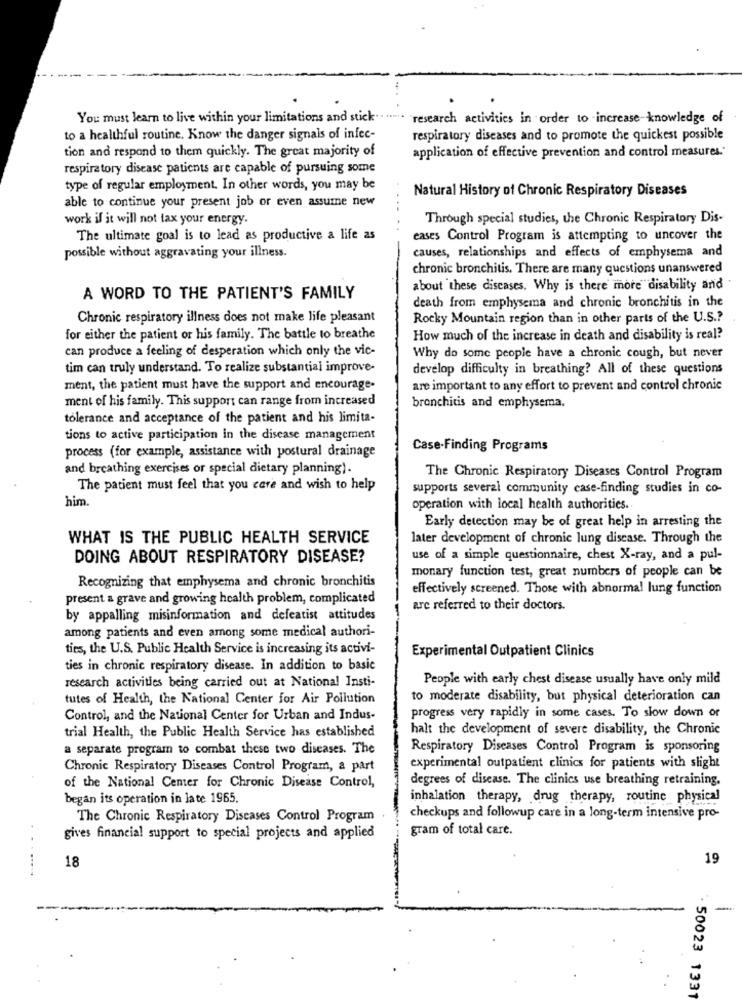
You must learn to live within your limitations and stick .. ......
research activities in order to increase-knowledge of
to a healthful routine. Know the danger signals of infec-
respiratory diseases and to promote the quickest possible
tion and respond to them quickly. The great majority of
application of effective prevention and control measures.
respiratory disease patients are capable of pursuing some
type of regular employment. In other words, you may be
Natural History of Chronic Respiratory Diseases
able to continue your present job or even assume new
work if it will not tax your energy
Through special studies, the Chronic Respiratory Dis-
The ultimate goal is to lead as productive a life as
eases Control Program is attempting to uncover the
possible without aggravating your illness.
causes, relationships and effects of emphysema and
chronic bronchitis. There are many questions unanswered
about these discases. Why is there more disability and
A WORD TO THE PATIENT'S FAMILY
death from emphysema and chronic bronchitis in the
Chronic respiratory illness does not make life pleasant
Rocky Mountain region than in other parts of the U.S .?
for either the patient or his family. The battle to breathe
How much of the increase in death and disability is real?
can produce a feeling of desperation which only the vic-
Why do some people have a chronic cough, but never
tim can truly understand. To realize substantial improve-
develop difficulty in breathing? All of these questions
ment, the patient must have the support and encourage-
are important to any effort to prevent and control chronic
ment of his family. This support can range from increased
bronchitis and emphysema.
tolerance and acceptance of the patient and his limita-
tions to active participation in the disease management
Case-Finding Programs
process (for example, assistance with postural drainage
and breathing exercises or special dietary planning).
The Chronic Respiratory Diseases Control Program
The patient must feel that you care and wish to help
supports several community case-finding studies in co-
him.
operation with local health authorities ..
Early detection may be of great help in arresting the
WHAT IS THE PUBLIC HEALTH SERVICE
later development of chronic lung disease. Through the
DOING ABOUT RESPIRATORY DISEASE?
use of a simple questionnaire, chest X-ray, and a pul-
monary function test, great numbers of people can be
Recognizing that emphysema and chronic bronchitis
effectively screened. Those with abnormal lung function
present a grave and growing health problem, complicated
are referred to their doctors.
by appalling misinformation and defeatist attitudes
among patients and even among some medical authori-
ties, the U.S. Public Health Service is increasing its activi-
Experimental Outpatient Clinics
ties in chronic respiratory disease. In addition to basic
research activities being carried out at National Insti-
People with early chest disease usually have only mild
tutes of Health, the National Center for Air Pollution
to moderate disability, but physical deterioration can
progress very rapidly in some cases. To slow down or
Control, and the National Center for Urban and Indus-
halt the development of severe disability, the Chronic
trial Health, the Public Health Service has established
a separate program to combat these two diseases. The
Respiratory Diseases Control Program is sponsoring
Chronic Respiratory Diseases Control Program, a part
experimental outpatient clinics for patients with slight
degrees of disease. The clinics use breathing retraining.
of the National Center for Chronic Disease Control,
began its operation in late 1965.
inhalation therapy, drug therapy, routine physical
The Chronic Respiratory Diseases Control Program
checkups and followup care in a long-term intensive pro-
gram of total care.
gives financial support to special projects and applied
19
18
. 50023 1331